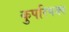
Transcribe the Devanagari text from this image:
कुपरिपक्व